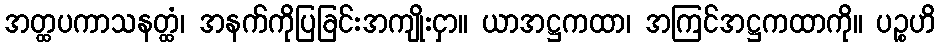
အတ္ထပကာသနတ္ထံ၊ အနက်ကိုပြခြင်းအကျိုးငှာ။ ယာအဋ္ဌကထာ၊ အကြင်အဋ္ဌကထာကို။ ပဉ္စဟိ